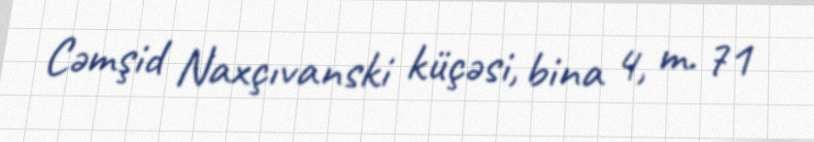
Cəmşid Naxçıvanski küçəsi, bina 4, m. 71